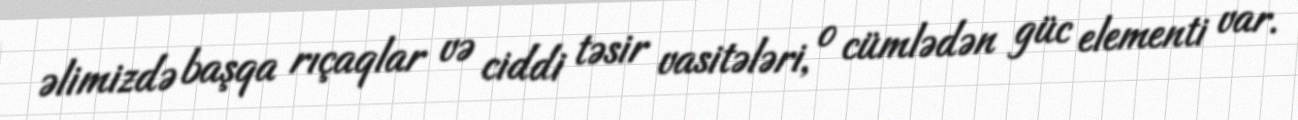
əlimizdə başqa rıçaqlar və ciddi təsir vasitələri, o cümlədən güc elementi var.